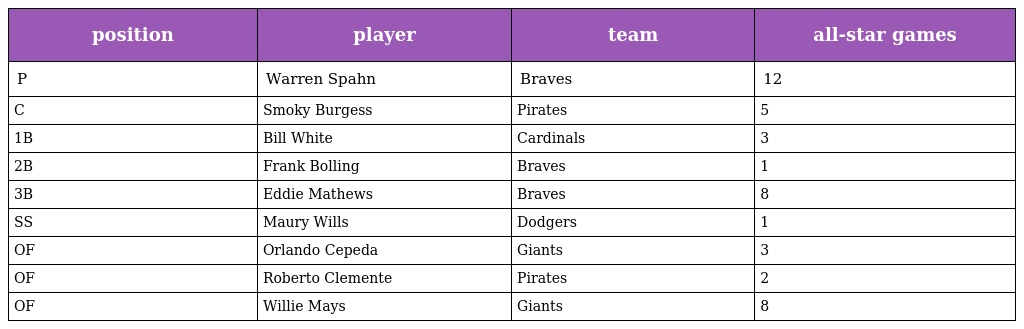
| position | player | team | all-star games |
 | --- | --- | --- | --- |
 | P | Warren Spahn | Braves | 12 |
 | C | Smoky Burgess | Pirates | 5 |
 | 1B | Bill White | Cardinals | 3 |
 | 2B | Frank Bolling | Braves | 1 |
 | 3B | Eddie Mathews | Braves | 8 |
 | SS | Maury Wills | Dodgers | 1 |
 | OF | Orlando Cepeda | Giants | 3 |
 | OF | Roberto Clemente | Pirates | 2 |
 | OF | Willie Mays | Giants | 8 |